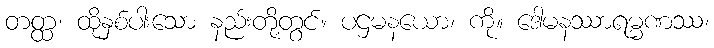
တတ္ထ၊ ထိုနှစ်ပါးသော နည်းတို့တွင်။ ပဌမနယော၊ ကို။ ဒေါမနဿာရမ္မဏဿ၊